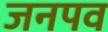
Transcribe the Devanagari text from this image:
जनपव